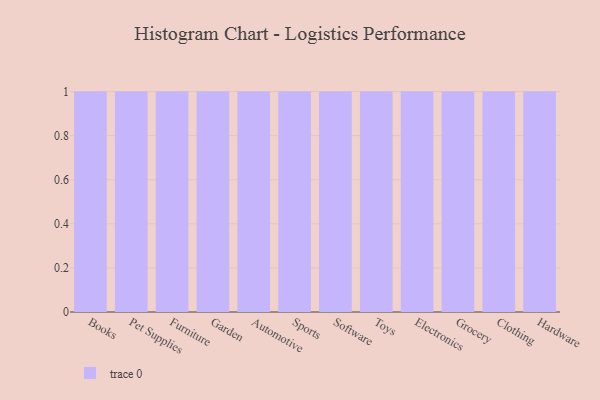
{"axis": {"x": "Category", "y": "Active Users"}, "legend": [""], "data": [{"x": "Books", "y": 57, "type": ""}, {"x": "Pet Supplies", "y": 21, "type": ""}, {"x": "Furniture", "y": 79, "type": ""}, {"x": "Garden", "y": 18, "type": ""}, {"x": "Automotive", "y": 14, "type": ""}, {"x": "Sports", "y": 39, "type": ""}, {"x": "Software", "y": 47, "type": ""}, {"x": "Toys", "y": 54, "type": ""}, {"x": "Electronics", "y": 81, "type": ""}, {"x": "Grocery", "y": 17, "type": ""}, {"x": "Clothing", "y": 76, "type": ""}, {"x": "Hardware", "y": 4, "type": ""}]}